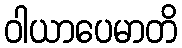
ဝါယာပေမာတိ